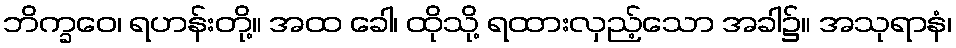
ဘိက္ခဝေ၊ ရဟန်းတို့။ အထ ခေါ၊ ထိုသို့ ရထားလှည့်သော အခါ၌။ အသုရာနံ၊